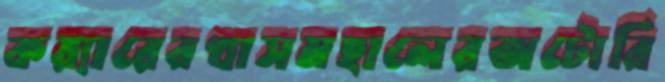
কয়্যারেরখাসমহালেরঅটোরি